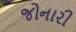
જોનારી